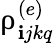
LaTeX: \uprho_{\mathbf{i}jkq}^{(e)}